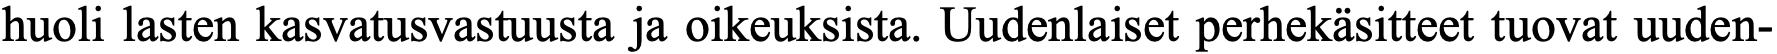
huoli lasten kasvatusvastuusta ja oikeuksista. Uudenlaiset perhekäsitteet tuovat uuden-